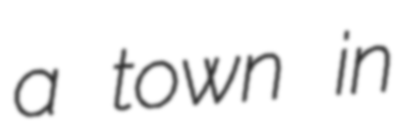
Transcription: a town in